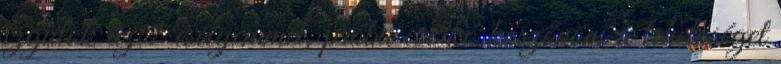
izgulok az 1 esélyemmel, próba cserkó köszönöm a lehetőséget